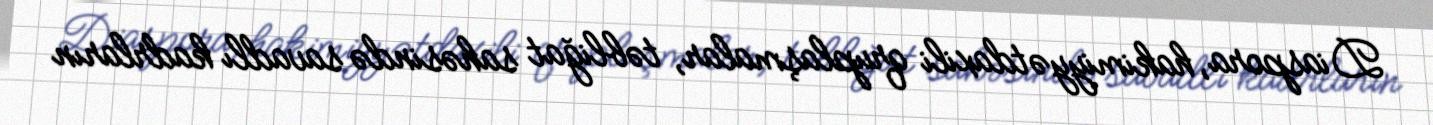
Diaspora, hakimiyyətdaxili qruplaşmalar, təbliğat sahəsində savadlı kadrların